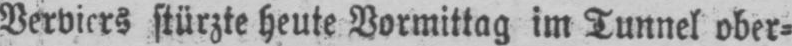
stürzte heute Vormittag im Tunnel ober⸗